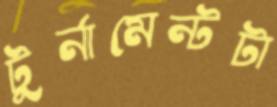
টুর্নামেন্টটা